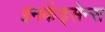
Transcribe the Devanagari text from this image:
इनकेंड्सेन्स